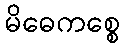
မိဓေကစ္စေ